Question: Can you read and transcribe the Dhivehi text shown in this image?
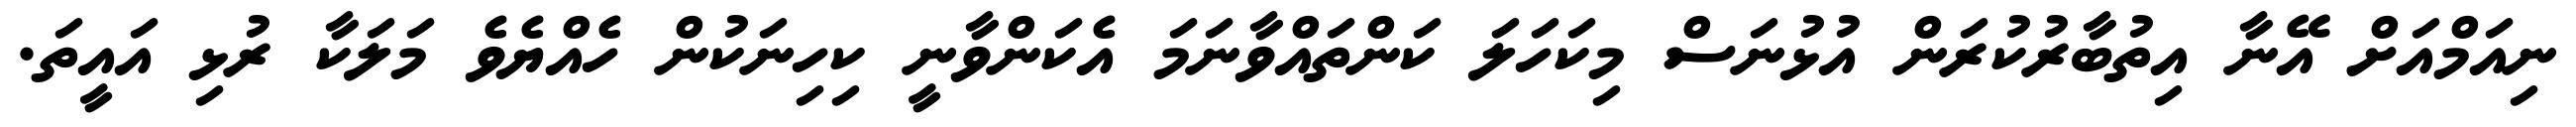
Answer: ނިއަމްއަށް އޭނާ އިތުބާރުކުރަން އުޅުނަސް މިކަހަލަ ކަންތައްވާނަމަ އެކަންވާނީ ކިހިނަކުން ހެއްޔެވެ މަލަކާ ރުޅި އައީތަ.